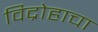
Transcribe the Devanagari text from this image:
विद्रोहाचा